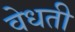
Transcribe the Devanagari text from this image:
वेधती